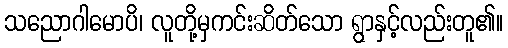
သညောဂါမောပိ၊ လူတို့မှကင်းဆိတ်သော ရွာနှင့်လည်းတူ၏။